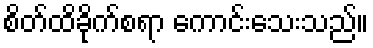
စိတ်ထိခိုက်စရာ ကောင်းသေးသည်။